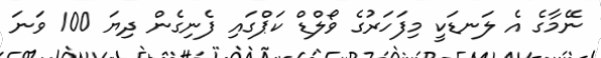
ނޭމާގެ އެ ލަނޑަކީ މިފަހަރުގެ ވޯލްޑް ކަޕްގައި ފެނިގެން ދިޔަ 100 ވަނަ